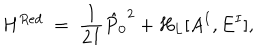
H ^ { R e d } \; = \; \frac { 1 } { 2 I } { \hat { P } _ { 0 } } ^ { 2 } + H _ { L } [ A ^ { I } , E ^ { I } ] ,